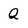
Character: Q